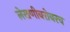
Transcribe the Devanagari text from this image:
लेखणीबरोबरच